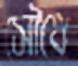
সৌধে